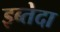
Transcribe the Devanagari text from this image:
इब्तेदा